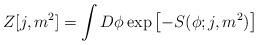
LaTeX: \begin{align*}Z[j,m^2] = \int D\phi \exp\left[ -S(\phi;j,m^2)\right ]\end{align*}